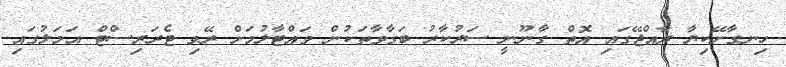
ހިނގާށޭކިޔާ ރާއްޖޭގައި އޮތް ގާނޫނީ ސަރުކާރު ބަގާވާތަކުން ވައްޓާލުމަށް ރޭވި ޓެރަރިސްޓް އަމަލުގައި